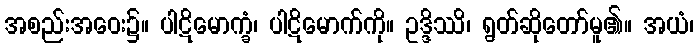
အစည်းအဝေး၌။ ပါဋိမောက္ခံ၊ ပါဋိမောက်ကို။ ဥဒ္ဒိဿိ၊ ရွတ်ဆိုတော်မူ၏။ အယံ၊